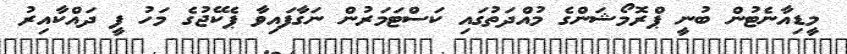
މީޑިއާނެޓުން ބުނީ ޕްރޮމޯޝަންގެ މުއްދަތުގައި ކަސްޓަމަރުން ނަގާފައިވާ ޕެކޭޖުގެ މަހު ފީ ދައްކާއިރު